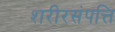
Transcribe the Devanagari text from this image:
शरीरसंपत्ति